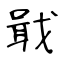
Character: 戢